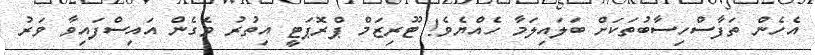
އެހެން ތަފާސްހިސާބުތަކަށް ބަލައިލަމާ ހެއްޔެވެ! ޓޫރިޒަމް ޕްރޮޕަޓީ އިތުރު ވެގެން އައިސްފައިވާ ވަރު